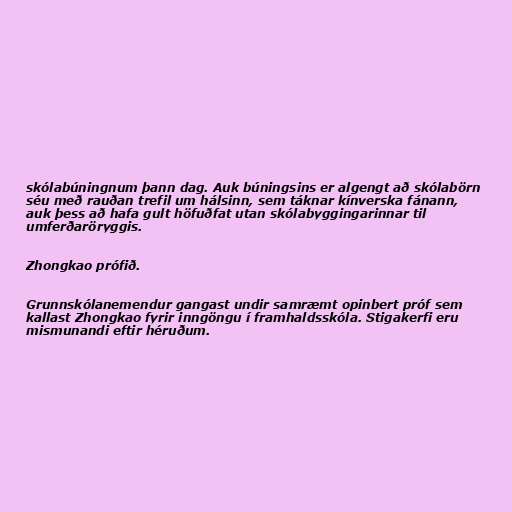
skólabúningnum þann dag. Auk búningsins er algengt að skólabörn
séu með rauðan trefil um hálsinn, sem táknar kínverska fánann,
auk þess að hafa gult höfuðfat utan skólabyggingarinnar til
umferðaröryggis.

Zhongkao prófið.

Grunnskólanemendur gangast undir samræmt opinbert próf sem
kallast Zhongkao fyrir inngöngu í framhaldsskóla. Stigakerfi eru
mismunandi eftir héruðum.